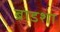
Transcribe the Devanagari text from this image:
ब्राडशा